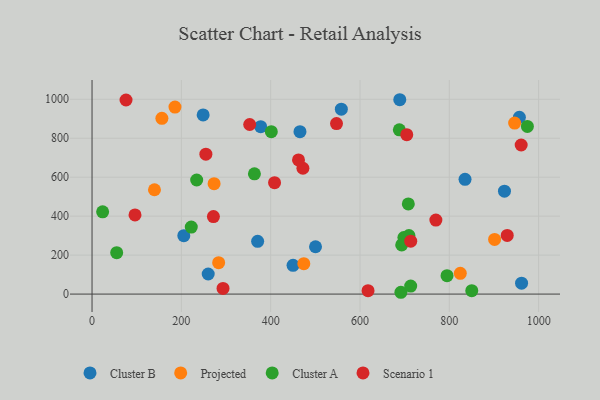
{"axis": {"x": "Study Hours", "y": "Exam Score"}, "legend": ["Cluster A", "Cluster B", "Projected", "Scenario 1"], "data": [{"x": "248.8", "y": 919.4, "type": "Cluster B"}, {"x": "956.9", "y": 907.6, "type": "Cluster B"}, {"x": "500.4", "y": 242.9, "type": "Cluster B"}, {"x": "558.2", "y": 949.2, "type": "Cluster B"}, {"x": "923.5", "y": 528.3, "type": "Cluster B"}, {"x": "260.1", "y": 103.1, "type": "Cluster B"}, {"x": "689.1", "y": 997.6, "type": "Cluster B"}, {"x": "205.5", "y": 299.6, "type": "Cluster B"}, {"x": "465.6", "y": 833.5, "type": "Cluster B"}, {"x": "961.8", "y": 56.2, "type": "Cluster B"}, {"x": "450.1", "y": 147.4, "type": "Cluster B"}, {"x": "835.2", "y": 589.0, "type": "Cluster B"}, {"x": "370.8", "y": 270.8, "type": "Cluster B"}, {"x": "377.6", "y": 859.1, "type": "Cluster B"}, {"x": "283.5", "y": 161.1, "type": "Projected"}, {"x": "901.4", "y": 280.6, "type": "Projected"}, {"x": "946.3", "y": 877.6, "type": "Projected"}, {"x": "156.4", "y": 902.2, "type": "Projected"}, {"x": "824.6", "y": 106.8, "type": "Projected"}, {"x": "273.3", "y": 566.7, "type": "Projected"}, {"x": "474.2", "y": 156.0, "type": "Projected"}, {"x": "185.7", "y": 959.7, "type": "Projected"}, {"x": "139.8", "y": 535.6, "type": "Projected"}, {"x": "222.2", "y": 344.2, "type": "Cluster A"}, {"x": "709.6", "y": 300.7, "type": "Cluster A"}, {"x": "691.6", "y": 9.3, "type": "Cluster A"}, {"x": "713.5", "y": 40.9, "type": "Cluster A"}, {"x": "688.1", "y": 843.0, "type": "Cluster A"}, {"x": "23.7", "y": 422.0, "type": "Cluster A"}, {"x": "794.9", "y": 94.4, "type": "Cluster A"}, {"x": "974.8", "y": 860.7, "type": "Cluster A"}, {"x": "55.2", "y": 212.6, "type": "Cluster A"}, {"x": "850.3", "y": 17.4, "type": "Cluster A"}, {"x": "708.2", "y": 462.9, "type": "Cluster A"}, {"x": "698.3", "y": 290.0, "type": "Cluster A"}, {"x": "234.3", "y": 585.5, "type": "Cluster A"}, {"x": "401.4", "y": 833.8, "type": "Cluster A"}, {"x": "693.4", "y": 252.2, "type": "Cluster A"}, {"x": "363.6", "y": 617.4, "type": "Cluster A"}, {"x": "76.1", "y": 996.1, "type": "Scenario 1"}, {"x": "960.9", "y": 765.1, "type": "Scenario 1"}, {"x": "96.2", "y": 406.1, "type": "Scenario 1"}, {"x": "618.0", "y": 17.7, "type": "Scenario 1"}, {"x": "293.3", "y": 29.0, "type": "Scenario 1"}, {"x": "769.9", "y": 379.9, "type": "Scenario 1"}, {"x": "472.2", "y": 646.0, "type": "Scenario 1"}, {"x": "254.9", "y": 717.9, "type": "Scenario 1"}, {"x": "271.8", "y": 397.8, "type": "Scenario 1"}, {"x": "547.4", "y": 875.3, "type": "Scenario 1"}, {"x": "353.0", "y": 870.5, "type": "Scenario 1"}, {"x": "704.7", "y": 818.1, "type": "Scenario 1"}, {"x": "462.3", "y": 688.7, "type": "Scenario 1"}, {"x": "713.6", "y": 271.7, "type": "Scenario 1"}, {"x": "408.7", "y": 571.7, "type": "Scenario 1"}, {"x": "929.7", "y": 301.1, "type": "Scenario 1"}]}